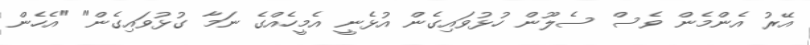
އޭރު އެންމެން ވެސް ސެލޫން ހުޅުވައިގެން އުޅެނީ އެމީހެއްގެ ނަމާ ގުޅުވައިގެން" "އެހެން